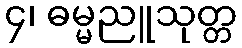
၄၊ ဓမ္မညူသုတ္တ